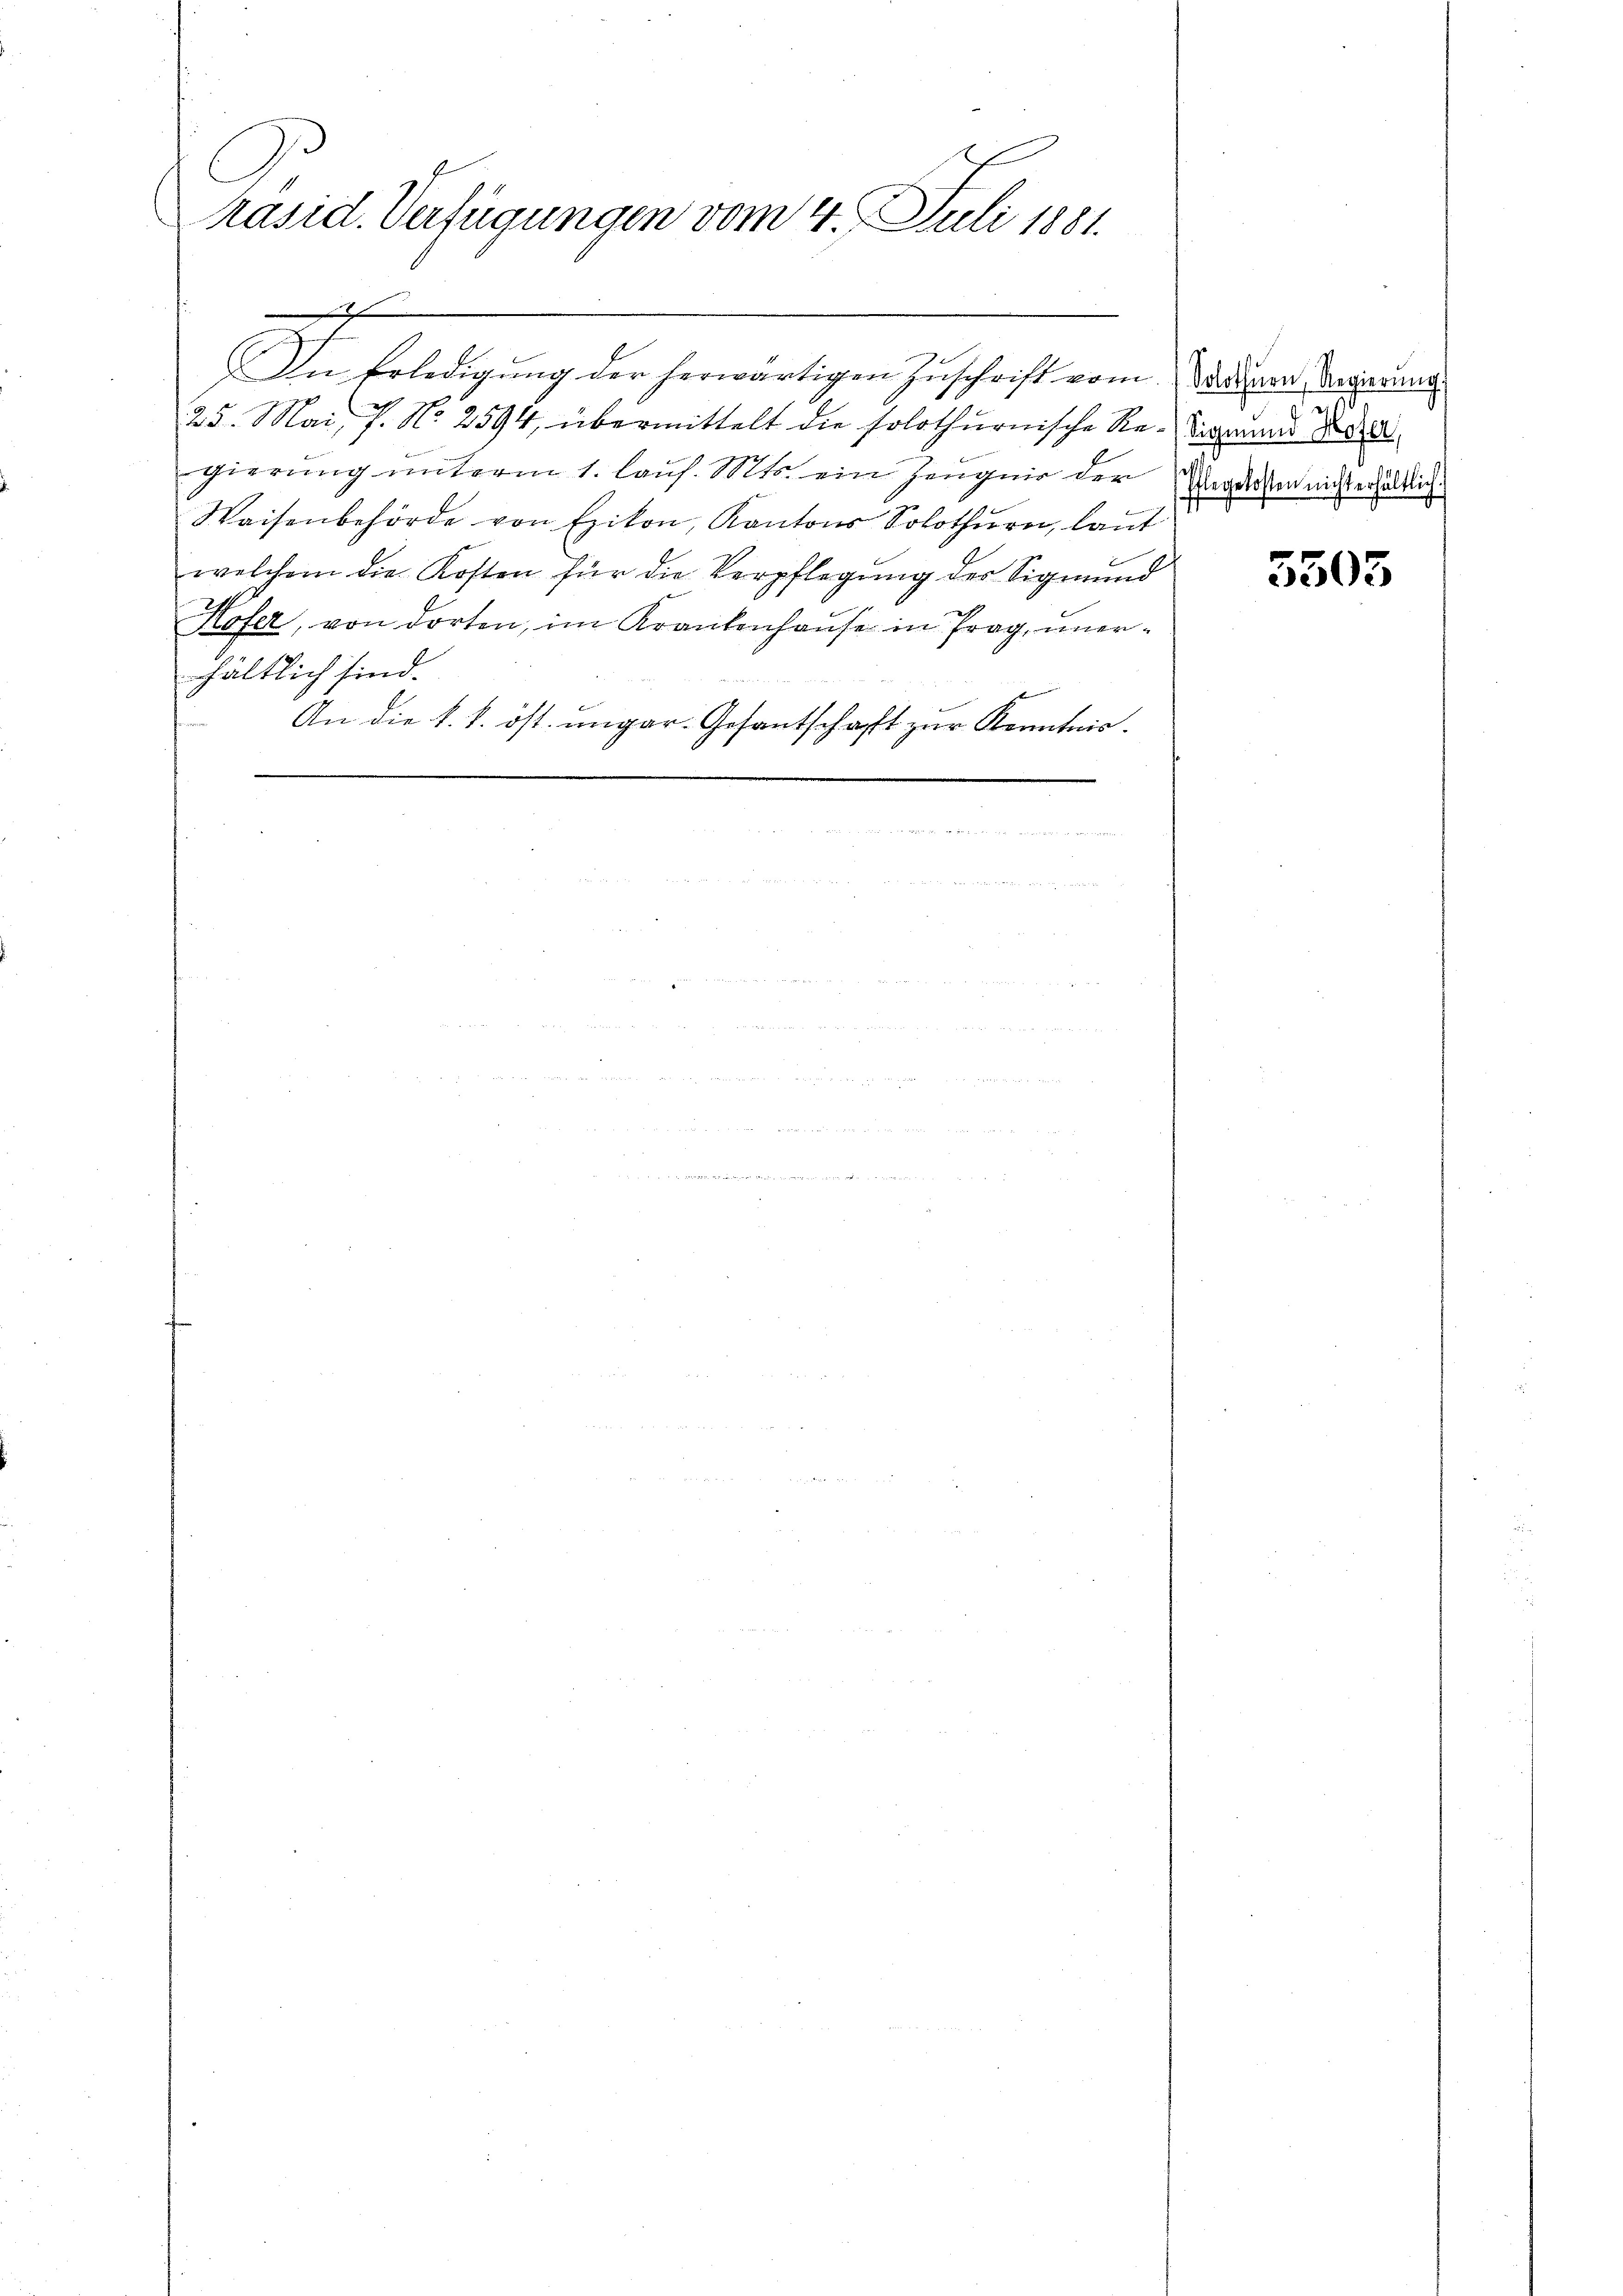
x
l
Präsid. Verfügungen vom 4. Juli 1881.

25. Mai 7. No 2594, übermittelt die solothurnische Re-Sigmund de
gierung unterm 1. Laus. Mts. ein Zeugnis der Angelassen nicht erhältlich
Waisenbehörde von Exikon, Kantons Solothurn, laut
welchem die Kosten für die Verpflegung des Sigmund
Hofer, von dorten, im Krankenhause in Trag, unerhältlich sind.
An die k. k. öst. ungar. Gesantschaft zur Kenntnis.

An Erledigung der herwärtigen Zuschrift vom Vatern Ungerung

5503